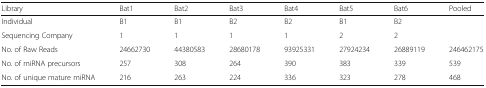
<table><thead><tr><td><b>Library</b></td><td><b>Bat1</b></td><td><b>Bat2</b></td><td><b>Bat3</b></td><td><b>Bat4</b></td><td><b>Bat5</b></td><td><b>Bat6</b></td><td><b>Pooled</b></td></tr></thead><tbody><tr><td>Individual</td><td>B1</td><td>B1</td><td>B2</td><td>B2</td><td>B1</td><td>B2</td><td></td></tr><tr><td>Sequencing Company</td><td>1</td><td>1</td><td>1</td><td>1</td><td>2</td><td>2</td><td></td></tr><tr><td>No. of Raw Reads</td><td>24662730</td><td>44380583</td><td>28680178</td><td>93925331</td><td>27924234</td><td>26889119</td><td>246462175</td></tr><tr><td>No. of miRNA precursors</td><td>257</td><td>308</td><td>264</td><td>390</td><td>383</td><td>339</td><td>539</td></tr><tr><td>No. of unique mature miRNA</td><td>216</td><td>263</td><td>224</td><td>336</td><td>323</td><td>278</td><td>468</td></tr></tbody></table>